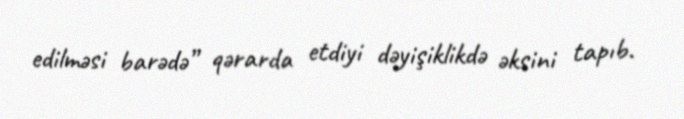
edilməsi barədə” qərarda etdiyi dəyişiklikdə əksini tapıb.